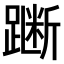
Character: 𫏞